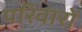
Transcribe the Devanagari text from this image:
परिवारों